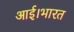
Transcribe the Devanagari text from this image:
आई।भारत